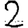
Digit: 2